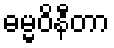
ဓမ္မဝိနီတာ